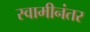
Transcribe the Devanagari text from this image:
स्वामीनंतर